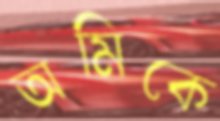
অমিকে